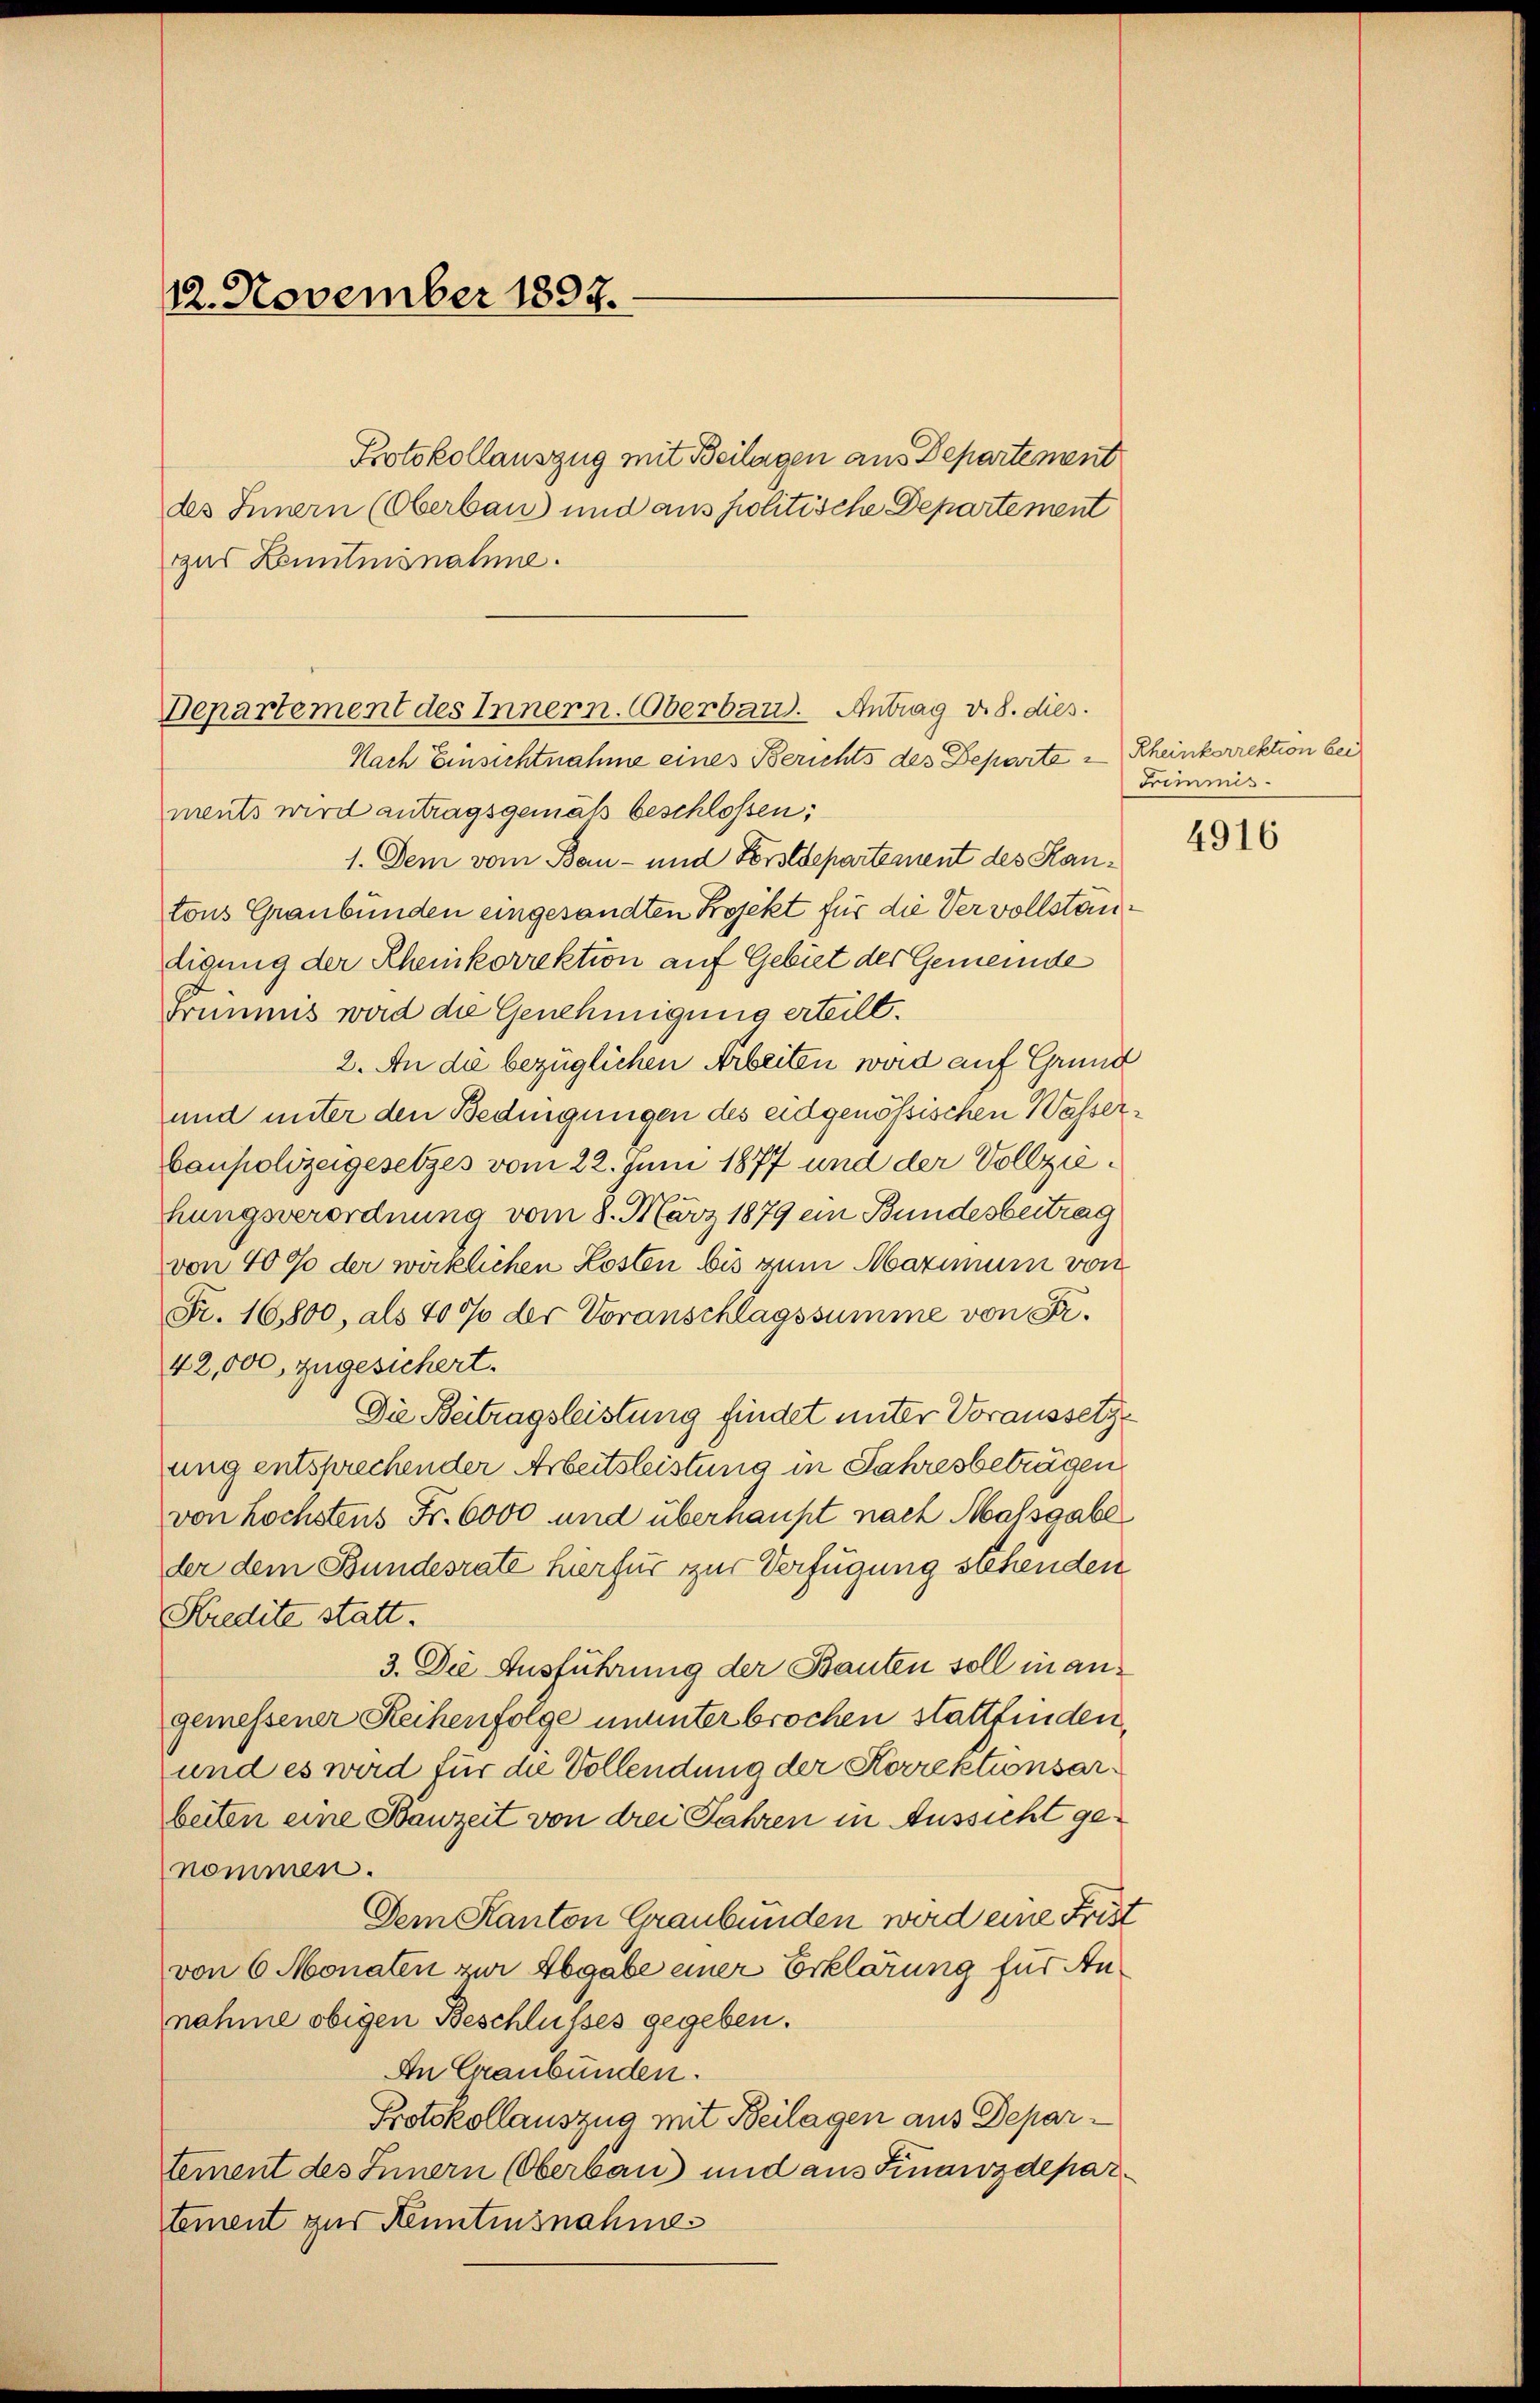
12. November 1897.

Protokollauszug mit Beilagen aus Departement
des Innern (Oberbau und aus politische Departement
gus Lenntnisnahme.

Departement des Innern. Oberband. Antrag v. 8. dies.
Nach Einsichtnahme eines Berichts des Departe u Rheinkorrektion bei

ments wird antragsgemäß beschlossen:
1. Dem vom Bau- und Forstdepartement des Kantons Graubünden eingesandten Projekt für die Vervollstandigung der Rheinkorrektion auf Gebiet der Gemeinde
Früumis wird die Genehmigung erteilt.
2. An die bezüglichen Arbeiten wird auf Grund
und unter den Bedingungen des eidgenössischen Wasserbaupolizeigesetzes vom 22. Juni 1877 und der Vollziehungsverordnung vom 8. März 1879 ein Bundesbeitrag
von 4000 der wirklichen Kosten bis zum Marium von
Fr. 16,800, als 400 der Voranschlagssumme von Sr.
42,000 zugesichert.
Die Beitragsleistung findet unter Voraussetzung entsprechender Arbeitsleistung in Jahresbeträgen,
von höchstens Fr. 6000 und überhaupt nach Massgabe
der dem Bundesrate hierfür zur Verfügung stehenden
Kredite statt.
3. Die Ausführung der Bauten soll in angemessener Reihenfolge ununterbrochen stattfinden,
und es wird für die Vollendung der Korrektionsarbeiten eine Bauzeit von drei Jahren in Aussicht genommen.
Dem Kanton Graubünden wird eine Frist
von 6 Monaten zur Abgabe einer Erklärung für Annahme obigen Beschlusses gegeben.
An Graubünden.
Protokollauszug mit Beilagen aus Departement des Innern (Oberbau) und aus Finanzdepartement zur Kenntensnahme

Trimmis

4916